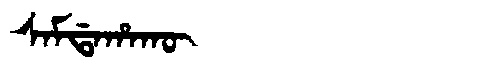
Manchu: ᠰᠠᠮᡩᠠᡥᠠᡴᡡ
Romanization: SAMDAHAKŪ